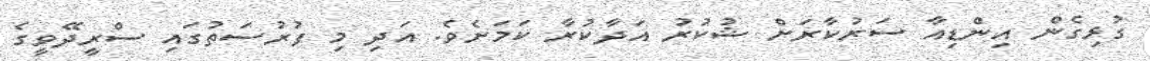
ގުޅިގެން އިންޑިއާ ސަރުކާރަށް ޝުކުރު އަދާކުރާ ކަމަށެވެ. އަދި މި ފުރުސަތުގައި ސްރީދޭވީގެ